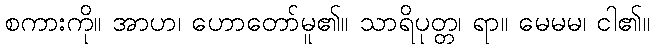
စကားကို။ အာဟ၊ ဟောတော်မူ၏။ သာရိပုတ္တ၊ ရာ။ မေမမ၊ ငါ၏။